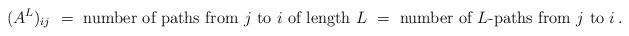
LaTeX: \begin{align*}(A^L)_{ij} ~=~ \mbox{number of paths from $j$ to $i$ of length $L$} ~=~ \mbox{number of $L$-paths from $j$ to $i$} \,.\end{align*}